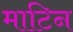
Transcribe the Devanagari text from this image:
माटिन